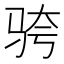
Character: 𬳹